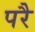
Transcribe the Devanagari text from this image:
परेै